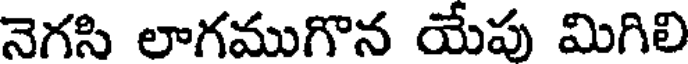
నెగసి లాగముగొన యేపు మిగిలి